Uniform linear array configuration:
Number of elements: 16
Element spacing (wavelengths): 1
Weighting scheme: cosine
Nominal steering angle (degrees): -30
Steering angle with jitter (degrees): -30.762
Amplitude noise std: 0.05
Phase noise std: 0.05

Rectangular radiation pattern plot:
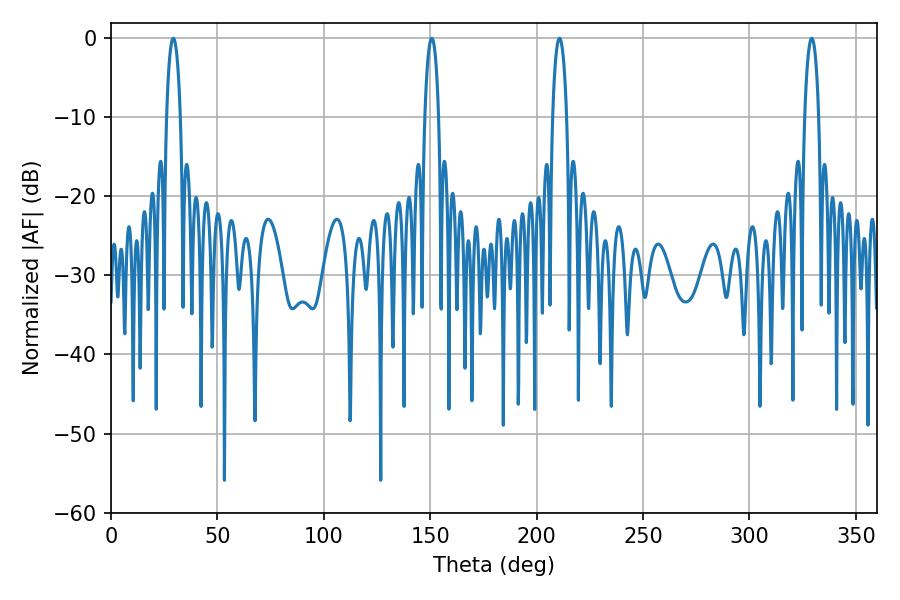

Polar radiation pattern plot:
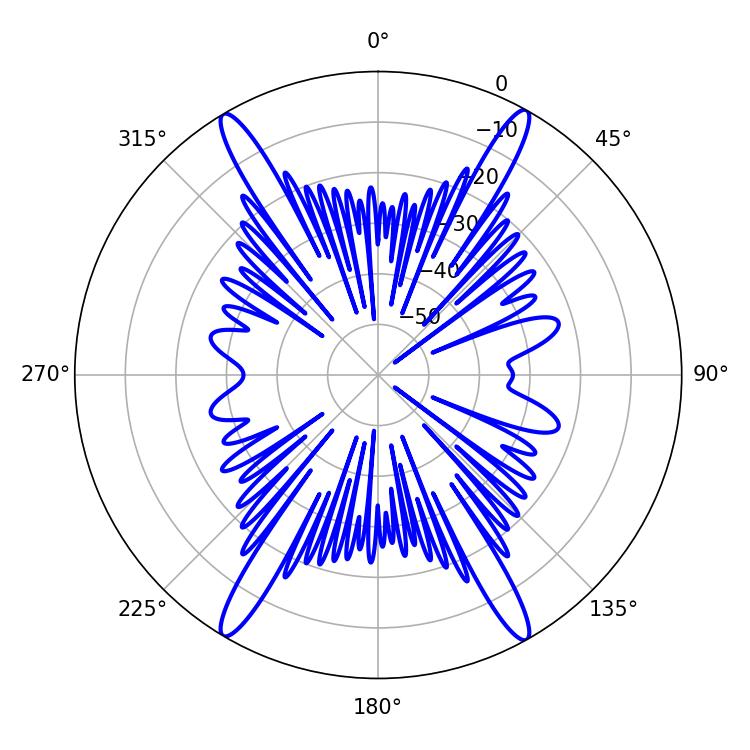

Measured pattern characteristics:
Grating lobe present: TRUE
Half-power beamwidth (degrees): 3.6
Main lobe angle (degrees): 210.78